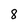
Character: 8